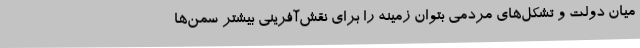
میان دولت و تشکل‌های مردمی بتوان زمینه را برای نقش‌آفرینی بیشتر سمن‌ها